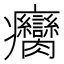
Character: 癵